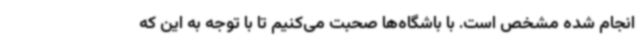
انجام شده مشخص است. با باشگاه‌ها صحبت می‌کنیم تا با توجه به این که